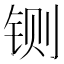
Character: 铡